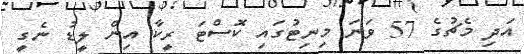
އަދި މެޗުގެ 57 ވަނަ މިނިޓުގައި ކޮސްޓަ ރީކާ އިން ލީޑު ނެގީ